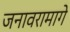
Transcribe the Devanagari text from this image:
जनावरामागे